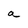
Character: a